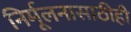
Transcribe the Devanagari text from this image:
निर्मूलनासाठीही